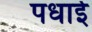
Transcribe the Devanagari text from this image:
पधाई